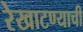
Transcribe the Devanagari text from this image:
रेखाटण्याची